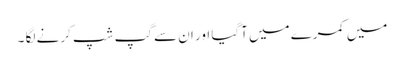
میں کمرے میں آگیا اور ان سے گپ شپ کرنے لگا ۔